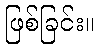
ဖြစ်ခြင်း။